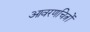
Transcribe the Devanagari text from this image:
आवरणचित्रों